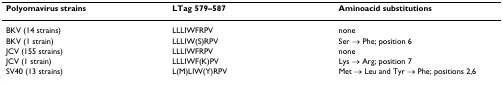
| Polyomavirus strains | LTag 579–587 | Aminoacid substitutions |
 | --- | --- | --- |
 | BKV (14 strains) | LLLIWFRPV | none |
 | BKV (1 strain) | LLLIW(S)RPV | Ser → Phe; position 6 |
 | JCV (155 strains) | LLLIWFRPV | none |
 | JCV (1 strain) | LLLIWF(K)PV | Lys → Arg; position 7 |
 | SV40 (13 strains) | L(M)LIW(Y)RPV | Met → Leu and Tyr → Phe; positions 2,6 |